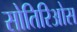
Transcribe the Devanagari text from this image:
सोतिरिओस